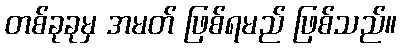
တစ်ခုခုမှ အမတ် ဖြစ်ရမည် ဖြစ်သည်။